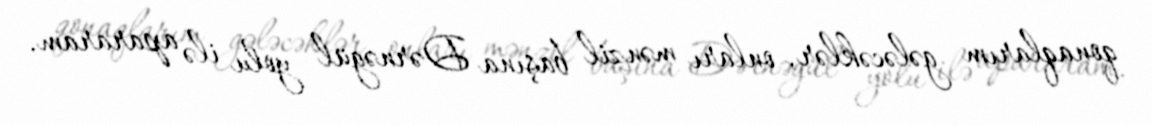
qonaqlarım gələcəklər, onları mənzil başına Dərnəgül yolu ilə apararam.